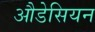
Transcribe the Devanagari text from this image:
औडेसियन